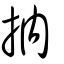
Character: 抐